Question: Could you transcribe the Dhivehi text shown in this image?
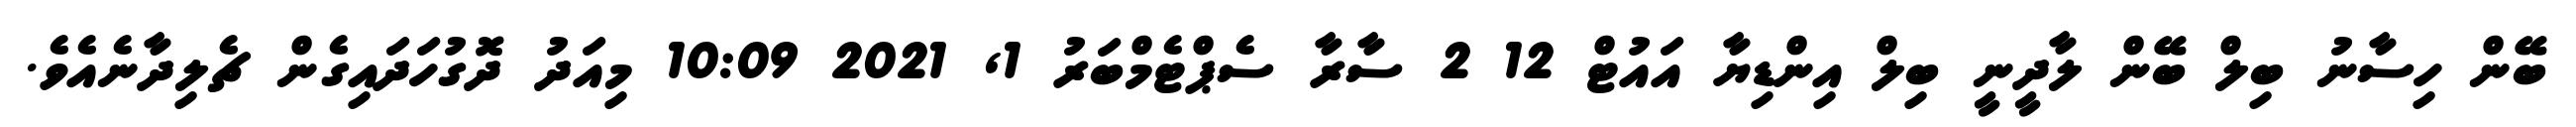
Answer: ބޭން ހިސާނު ބިލް ބޭން ލާދީނީ ބިލް އިންޑިޔާ އައުޓް 12 2 ސާރާ ސެޕްޓެމްބަރު 1, 2021 10:09 މިއަދު ދޮގުހަދައިގެން ޗެލިދާނެއެވެ.